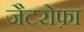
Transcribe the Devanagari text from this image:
जैटरोफ़ा